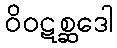
ဝိဝဋစ္ဆဒေါ